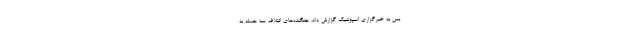
یمن به خبرگزاری اسپوتنیک گزارش داد، جنگنده‌های ائتلاف سه حمله به